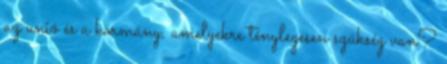
az unió és a kormány, amelyekre ténylegesen szükség van?